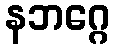
နဘဂ္ဂေ